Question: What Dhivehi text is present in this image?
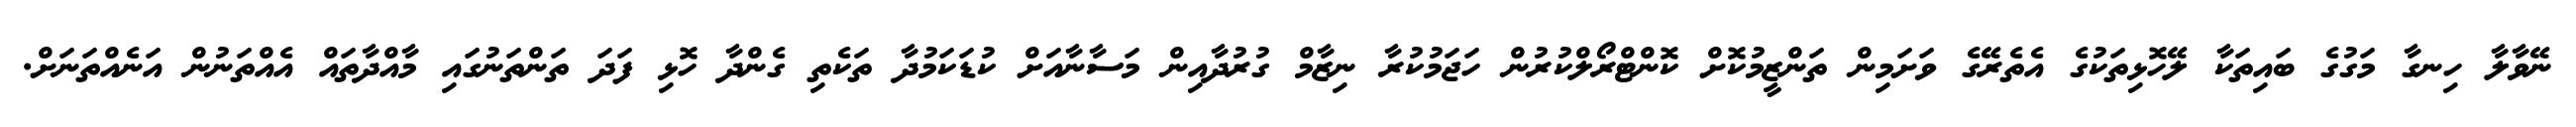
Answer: ނޭވާލާ ހިނގާ މަގުގެ ބައިތަކާ ލޭހޮޅިތަކުގެ އެތެރޭގެ ވަށަމިން ތަންޒީމުކޮށް ކޮންޓްރޯލްކުރުން ހަޖަމުކުރާ ނިޒާމް ގުރުދާއިން މަސާނާއަށް ކުޑަކަމުދާ ތަކެތި ގެންދާ ހޮޅި ފަދަ ތަންތަނުގައި މާއްދާތައް އެއްތަނުން އަނެއްތަނަށް.